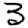
Digit: 3